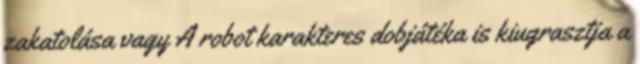
zakatolása vagy A robot karakteres dobjátéka is kiugrasztja a